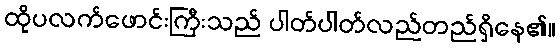
ထိုပလက်ဖောင်းကြီးသည် ပါတ်ပါတ်လည်တည်ရှိနေ၏။